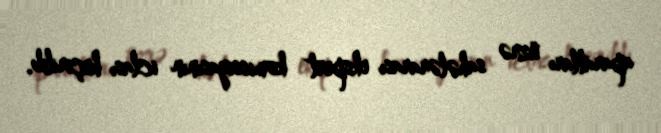
aparatları üzrə sahələrarası ekspert komissiyasının iclası keçirilib.